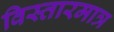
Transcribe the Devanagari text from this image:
विस्तारमात्र